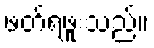
ဖတ်ရဖူးသည်။